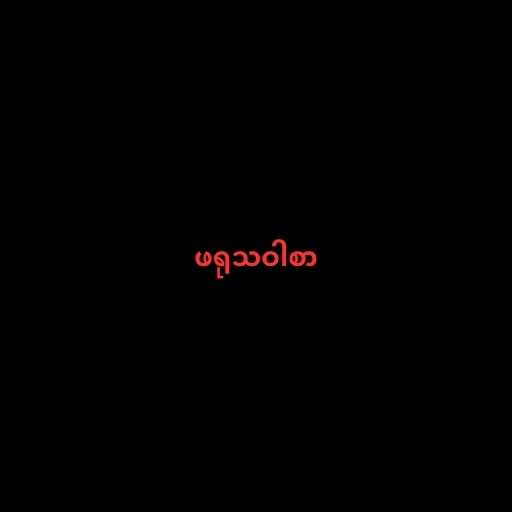
ဖရုသဝါစာ